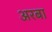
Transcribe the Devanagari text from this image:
अरबा